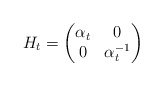
\begin{align*}H_t=\begin{pmatrix}\alpha_t&0\\0&\alpha_t^{-1}\end{pmatrix}\end{align*}